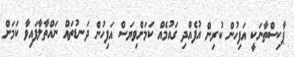
ޕާކިސްތާނަކީ އަފިހުން ކުރިން އުފެއްދި ގައުމެއް ކަމަށްވިޔަސް އަފިހުން ދަނޑުތައް ނައްތާލާފައިވާ ކަމަށް